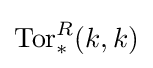
\operatorname {Tor} _{*}^{R}(k,k)